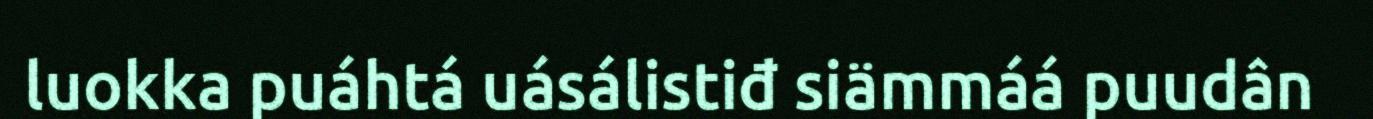
luokka puáhtá uásálistiđ siämmáá puudân